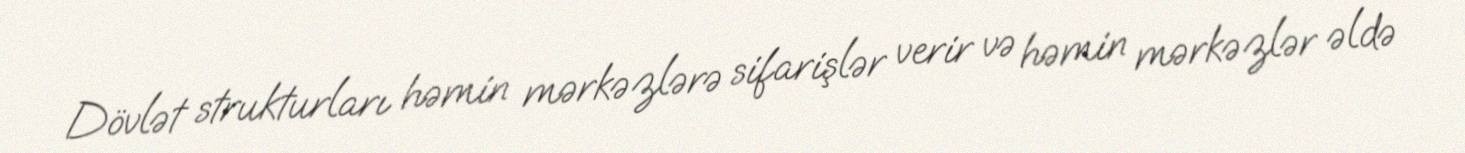
Dövlət strukturları həmin mərkəzlərə sifarişlər verir və həmin mərkəzlər əldə